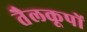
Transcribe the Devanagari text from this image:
तैलकूपों